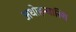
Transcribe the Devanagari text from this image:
अधोहन्वास्थि